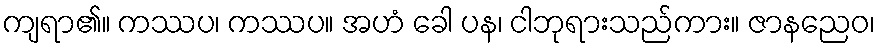
ကျရာ၏။ ကဿပ၊ ကဿပ။ အဟံ ခေါ ပန၊ ငါဘုရားသည်ကား။ ဇာနညေဝ၊